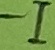
Text: -I